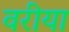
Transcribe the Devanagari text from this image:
वरीया